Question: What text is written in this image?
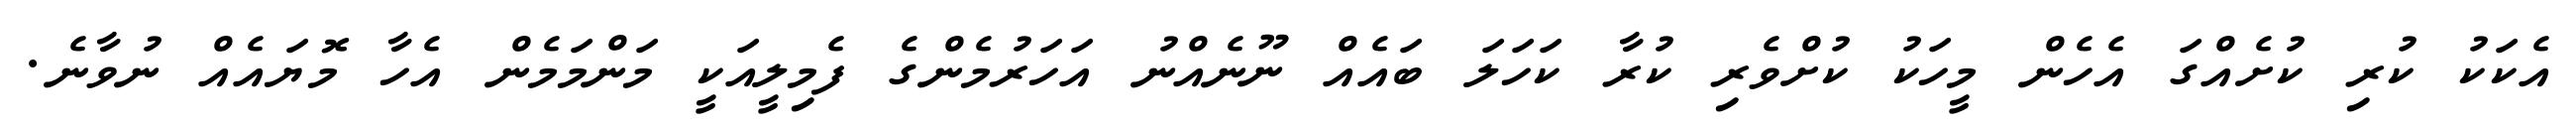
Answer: އެކަކު ކުރި ކުށެއްގަ އެހެން މީހަކު ކުށްވެރި ކުރާ ކަހަލަ ބައެއް ނޫނެއްނު އަހަރުމެންގެ ފެމިލީއަކީ މަންމަމެން އެހާ މޮޔައެއް ނުވާނެ.